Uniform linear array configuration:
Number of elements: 8
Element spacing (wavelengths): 0.75
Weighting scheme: hamming
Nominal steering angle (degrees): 30
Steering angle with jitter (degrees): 29.109
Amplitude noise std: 0.05
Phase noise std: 0.05

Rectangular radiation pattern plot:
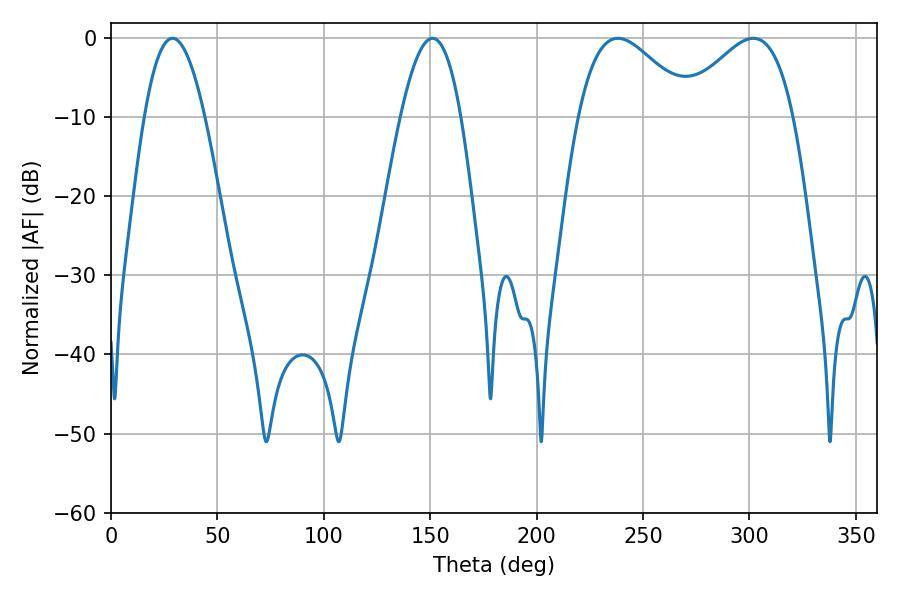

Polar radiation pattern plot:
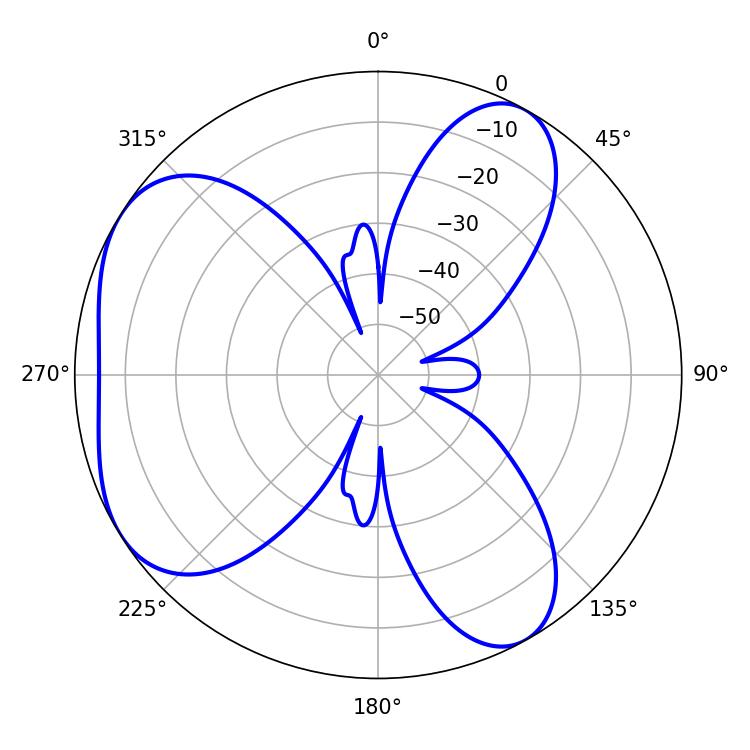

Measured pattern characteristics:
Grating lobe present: TRUE
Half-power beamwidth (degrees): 28.62
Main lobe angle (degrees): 238.14